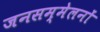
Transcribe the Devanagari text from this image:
जनसम्मेलनों